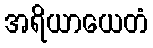
အရိယာယေတံ